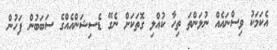
އެކަމަކު ވިސްނައެއް ނުލަންތަ ތިހާ ކުއްލި ގޮތަކަށް ނެގޭ ޑެސިޝަންއެއްގެ ސަބަބުން ފަހުން